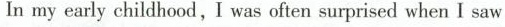
In my early childhood,I was often aurprised when I saw